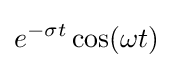
e^{-\sigma t}\cos(\omega t)